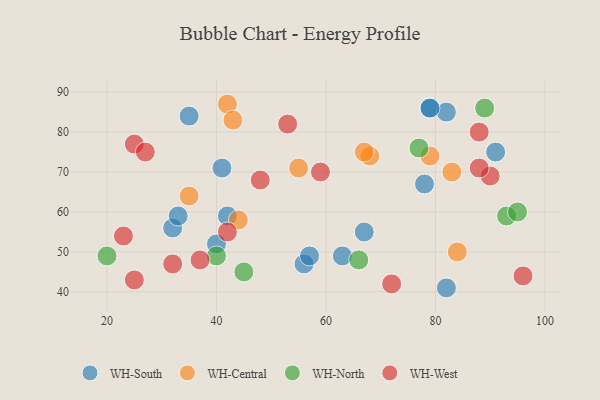
{"axis": {"x": "GDP", "y": "Life Expectancy"}, "legend": ["WH-Central", "WH-North", "WH-South", "WH-West"], "data": [{"x": "78", "y": 67, "type": "WH-South"}, {"x": "40", "y": 52, "type": "WH-South"}, {"x": "56", "y": 47, "type": "WH-South"}, {"x": "32", "y": 56, "type": "WH-South"}, {"x": "82", "y": 41, "type": "WH-South"}, {"x": "67", "y": 55, "type": "WH-South"}, {"x": "35", "y": 84, "type": "WH-South"}, {"x": "79", "y": 86, "type": "WH-South"}, {"x": "82", "y": 85, "type": "WH-South"}, {"x": "41", "y": 71, "type": "WH-South"}, {"x": "42", "y": 59, "type": "WH-South"}, {"x": "57", "y": 49, "type": "WH-South"}, {"x": "33", "y": 59, "type": "WH-South"}, {"x": "79", "y": 86, "type": "WH-South"}, {"x": "91", "y": 75, "type": "WH-South"}, {"x": "63", "y": 49, "type": "WH-South"}, {"x": "83", "y": 70, "type": "WH-Central"}, {"x": "68", "y": 74, "type": "WH-Central"}, {"x": "67", "y": 75, "type": "WH-Central"}, {"x": "55", "y": 71, "type": "WH-Central"}, {"x": "79", "y": 74, "type": "WH-Central"}, {"x": "44", "y": 58, "type": "WH-Central"}, {"x": "42", "y": 87, "type": "WH-Central"}, {"x": "35", "y": 64, "type": "WH-Central"}, {"x": "43", "y": 83, "type": "WH-Central"}, {"x": "84", "y": 50, "type": "WH-Central"}, {"x": "20", "y": 49, "type": "WH-North"}, {"x": "93", "y": 59, "type": "WH-North"}, {"x": "40", "y": 49, "type": "WH-North"}, {"x": "95", "y": 60, "type": "WH-North"}, {"x": "89", "y": 86, "type": "WH-North"}, {"x": "66", "y": 48, "type": "WH-North"}, {"x": "45", "y": 45, "type": "WH-North"}, {"x": "77", "y": 76, "type": "WH-North"}, {"x": "25", "y": 43, "type": "WH-West"}, {"x": "53", "y": 82, "type": "WH-West"}, {"x": "90", "y": 69, "type": "WH-West"}, {"x": "88", "y": 71, "type": "WH-West"}, {"x": "96", "y": 44, "type": "WH-West"}, {"x": "32", "y": 47, "type": "WH-West"}, {"x": "42", "y": 55, "type": "WH-West"}, {"x": "25", "y": 77, "type": "WH-West"}, {"x": "88", "y": 80, "type": "WH-West"}, {"x": "59", "y": 70, "type": "WH-West"}, {"x": "37", "y": 48, "type": "WH-West"}, {"x": "23", "y": 54, "type": "WH-West"}, {"x": "48", "y": 68, "type": "WH-West"}, {"x": "72", "y": 42, "type": "WH-West"}, {"x": "27", "y": 75, "type": "WH-West"}]}